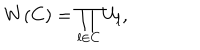
LaTeX: W ( C ) = \prod _ { l \in C } U _ { l } ,